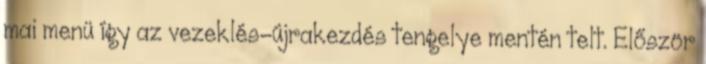
mai menü így az vezeklés-újrakezdés tengelye mentén telt. Először